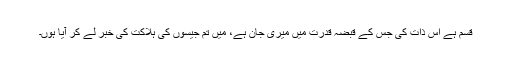
قسم ہے اس ذات کی جس کے قبضہ قدرت میں میری جان ہے، مَیں تم جیسوں کی ہلاکت کی خبر لے کر آیا ہوں۔